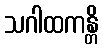
သဂါထကန္တိ